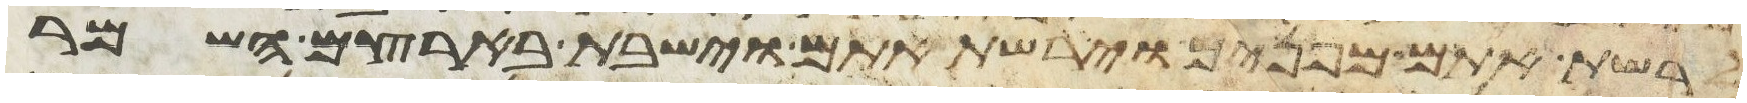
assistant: לרשת אתם מפניך וירשת אתם וישבת בארצם השמר